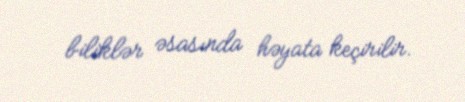
biliklər əsasında həyata keçirilir.